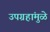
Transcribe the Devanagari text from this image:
उपग्रहांमुळे